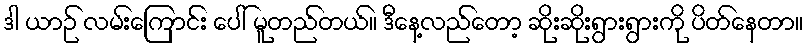
ဒါ ယာဉ် လမ်းကြောင်း ပေါ် မူတည်တယ်။ ဒီနေ့လည်တော့ ဆိုးဆိုးရွားရွားကို ပိတ်နေတာ။